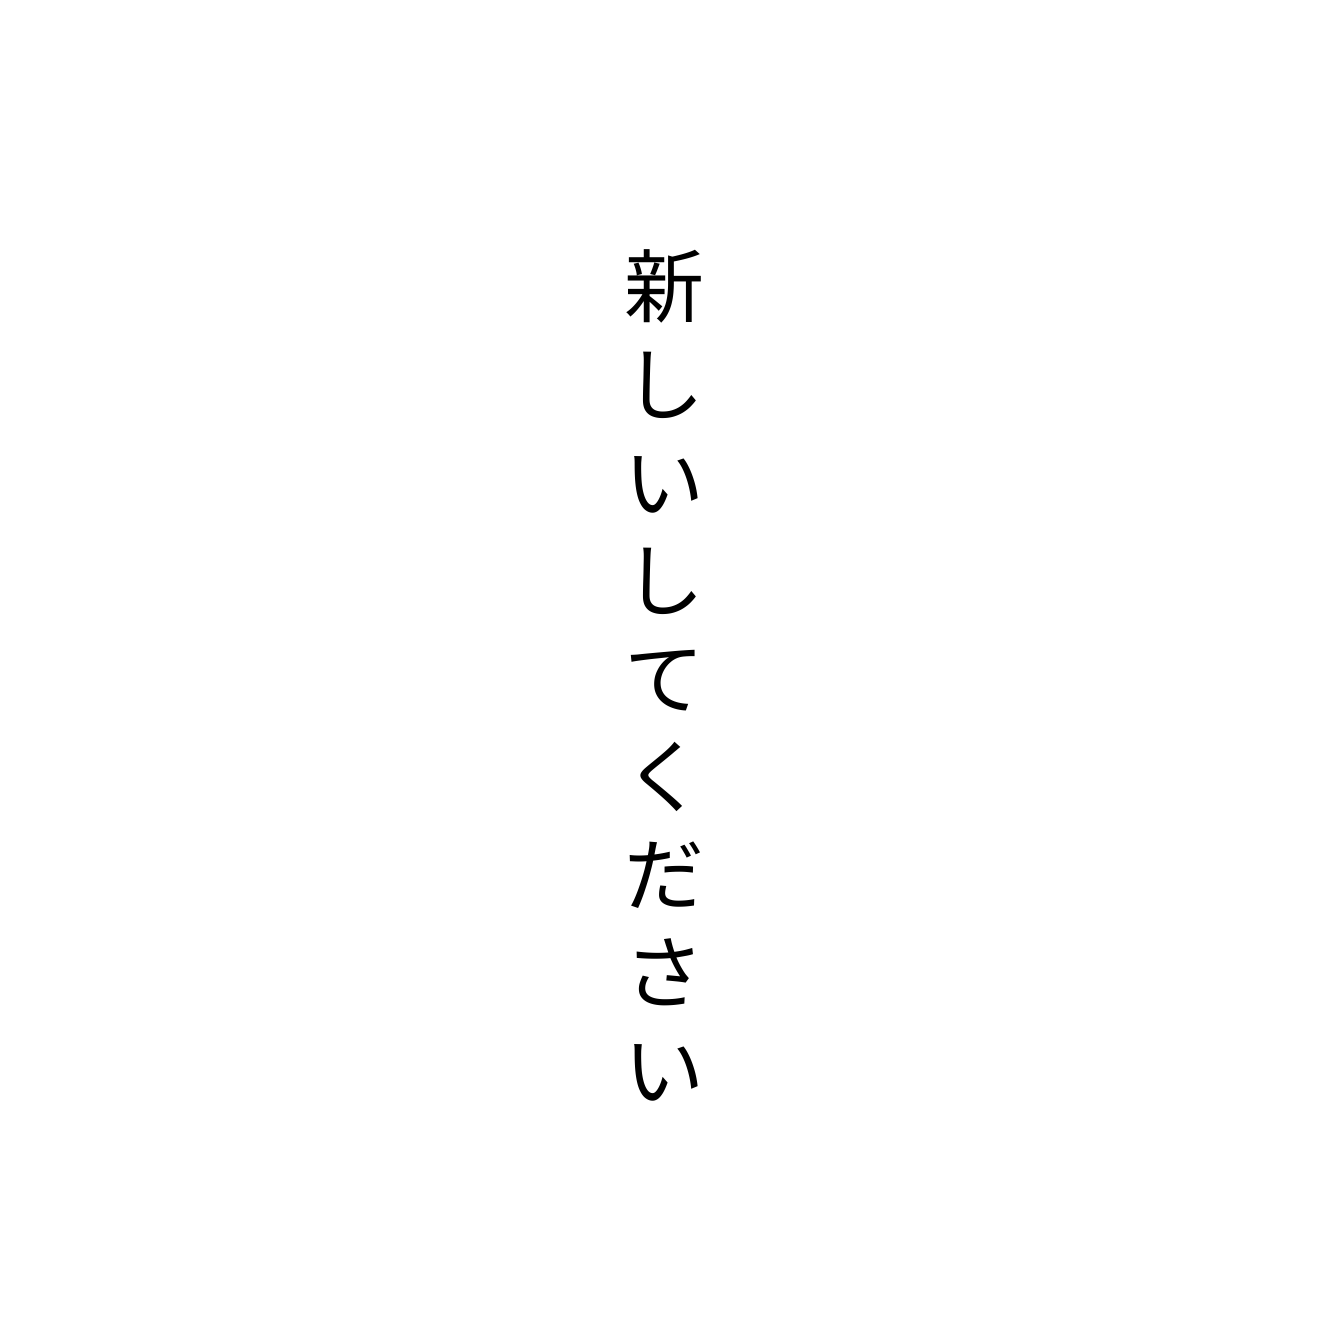
新しいしてください